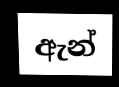
ඇන්